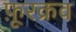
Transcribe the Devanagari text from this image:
फ़ूरक्रव